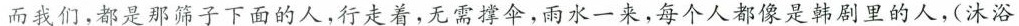
而我们，都是那筛子下面的人，行走着，无需撑伞，雨水一来，每个人都像是韩剧里的人，(沐浴